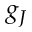
g _ { J }